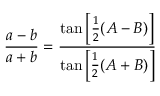
{ \frac { a - b } { a + b } } = { \frac { \tan \left[ { \frac { 1 } { 2 } } ( A - B ) \right] } { \tan \left[ { \frac { 1 } { 2 } } ( A + B ) \right] } }